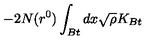
- 2 N ( r ^ { 0 } ) \int _ { B t } d x \sqrt { \rho } K _ { B t }